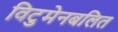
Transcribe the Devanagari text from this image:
विटुमेनबलित